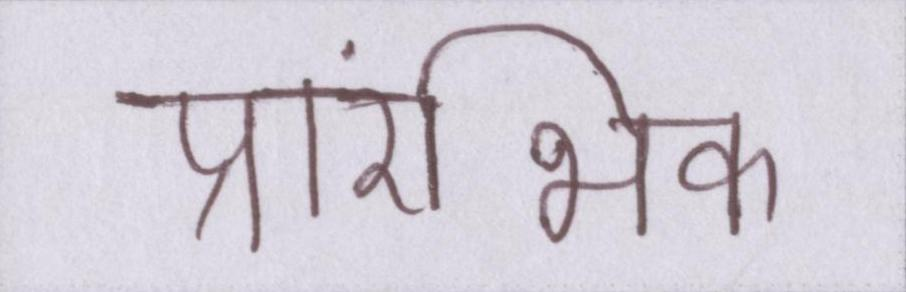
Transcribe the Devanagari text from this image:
प्रारंभिक